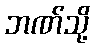
ဘဏ်သို့